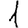
Digit: 1